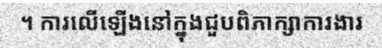
។ ការលើឡើងនៅក្នុងជួបពិភាក្សាការងារ